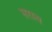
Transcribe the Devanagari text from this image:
सरस्व